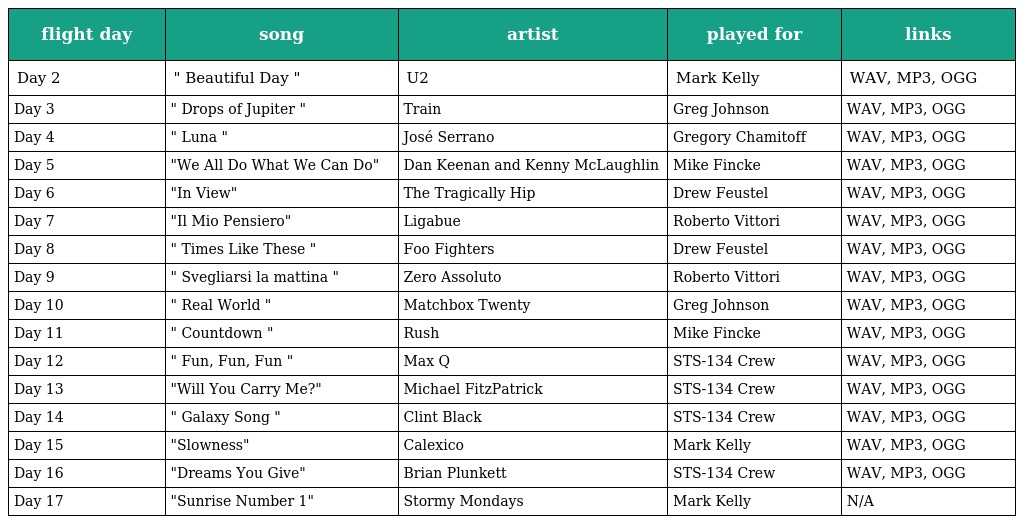
| flight day | song | artist | played for | links |
 | --- | --- | --- | --- | --- |
 | Day 2 | " Beautiful Day " | U2 | Mark Kelly | WAV, MP3, OGG |
 | Day 3 | " Drops of Jupiter " | Train | Greg Johnson | WAV, MP3, OGG |
 | Day 4 | " Luna " | José Serrano | Gregory Chamitoff | WAV, MP3, OGG |
 | Day 5 | "We All Do What We Can Do" | Dan Keenan and Kenny McLaughlin | Mike Fincke | WAV, MP3, OGG |
 | Day 6 | "In View" | The Tragically Hip | Drew Feustel | WAV, MP3, OGG |
 | Day 7 | "Il Mio Pensiero" | Ligabue | Roberto Vittori | WAV, MP3, OGG |
 | Day 8 | " Times Like These " | Foo Fighters | Drew Feustel | WAV, MP3, OGG |
 | Day 9 | " Svegliarsi la mattina " | Zero Assoluto | Roberto Vittori | WAV, MP3, OGG |
 | Day 10 | " Real World " | Matchbox Twenty | Greg Johnson | WAV, MP3, OGG |
 | Day 11 | " Countdown " | Rush | Mike Fincke | WAV, MP3, OGG |
 | Day 12 | " Fun, Fun, Fun " | Max Q | STS-134 Crew | WAV, MP3, OGG |
 | Day 13 | "Will You Carry Me?" | Michael FitzPatrick | STS-134 Crew | WAV, MP3, OGG |
 | Day 14 | " Galaxy Song " | Clint Black | STS-134 Crew | WAV, MP3, OGG |
 | Day 15 | "Slowness" | Calexico | Mark Kelly | WAV, MP3, OGG |
 | Day 16 | "Dreams You Give" | Brian Plunkett | STS-134 Crew | WAV, MP3, OGG |
 | Day 17 | "Sunrise Number 1" | Stormy Mondays | Mark Kelly | N/A |